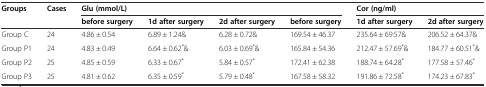
| <ROWSPAN=2> Groups | <ROWSPAN=2> Cases | <COLSPAN=4> Glu (mmol/L) | <COLSPAN=2> Cor (ng/ml) |
 | before surgery | 1d after surgery | 2d after surgery | before surgery | 1d after surgery | 2d after surgery |
 | --- | --- | --- | --- | --- | --- | --- | --- |
 | Group C | 24 | 4.86 ± 0.54 | 6.89 ± 1.24& | 6.28 ± 0.72& | 169.54 ± 46.37 | 235.64 ± 69.57& | 206.52 ± 64.37& |
 | Group P1 | 24 | 4.83 ± 0.49 | 6.64 ± 0.62*& | 6.03 ± 0.69*& | 165.84 ± 54.36 | 212.47 ± 57.69*& | 184.77 ± 60.51*& |
 | Group P2 | 25 | 4.85 ± 0.59 | 6.33 ± 0.67* | 5.84 ± 0.57* | 172.41 ± 62.38 | 188.74 ± 64.28* | 177.58 ± 57.46* |
 | Group P3 | 25 | 4.81 ± 0.62 | 6.35 ± 0.59* | 5.79 ± 0.48* | 167.58 ± 58.32 | 191.86 ± 72.58* | 174.23 ± 67.83* |